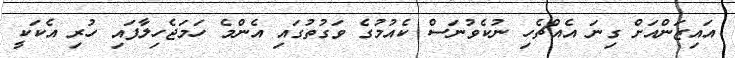
އައިޒަންއަށް ގިނަ އެއްޗެހި ނުކެވުނަސް ކެއުމުގެ ވަގުތުގައި އެންމެ ހަމަޖެހިލާފައި ހުރި އެކަކީ